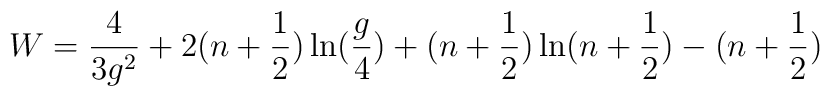
W=\frac {4}{3g^2}+2(n+\frac {1}{2})\ln(\frac {g}{4})+(n+\frac{1}{2})\ln(n+\frac {1}{2})-(n+\frac {1}{2})